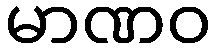
မာဏဝ